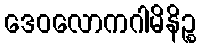
ဒေဝလောကဂါမိနိဉ္စ